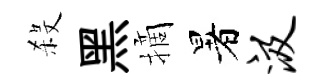
殺黑摘暑汲